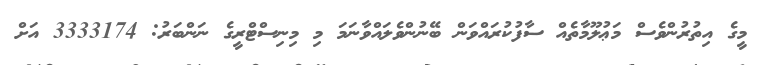
މީގެ އިތުރުންވެސް މަޢުލޫމާތެއް ސާފުކުރައްވަން ބޭނުންވެލައްވާނަމަ މި މިނިސްޓްރީގެ ނަންބަރު: 3333174 އަށް